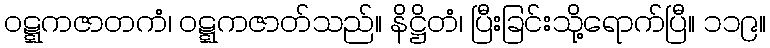
ဝဋ္ဋကဇာတကံ၊ ဝဋ္ဋကဇာတ်သည်။ နိဋ္ဌိတံ၊ ပြီးခြင်းသို့ရောက်ပြီ။ ၁၁၉။